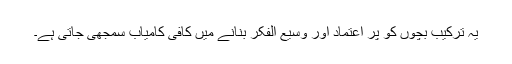
یہ ترکیب بچوں کو پر اعتماد اور وسیع الفکر بنانے میں کافی کامیاب سمجھی جاتی ہے۔